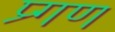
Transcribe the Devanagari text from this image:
प्र्गण